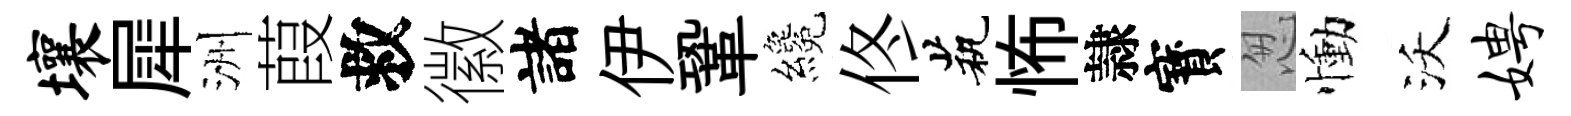
壤犀洲葭救徽諸伊鞏纔佟茕怖隷寳怱慟沃娉